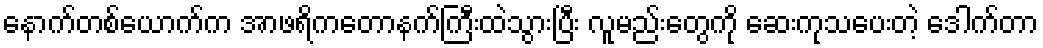
နောက်တစ်ယောက်က အာဖရိကတောနက်ကြီးထဲသွားပြီး လူမည်းတွေကို ဆေးကုသပေးတဲ့ ဒေါက်တာ